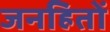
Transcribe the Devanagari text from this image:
जनहितों